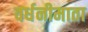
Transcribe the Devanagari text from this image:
वर्धनीमाता